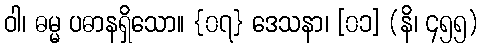
ဝါ၊ ဓမ္မ ပဓာနရှိသော။ {၀၇} ဒေသနာ၊ [၀၁] (နိ၊ ၄၅၅)